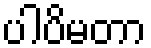
ပါပိမတာ